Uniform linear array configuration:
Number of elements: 4
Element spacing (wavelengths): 0.75
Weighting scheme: blackman
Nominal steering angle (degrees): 60
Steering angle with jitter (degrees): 60.334
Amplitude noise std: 0.05
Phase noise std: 0.05

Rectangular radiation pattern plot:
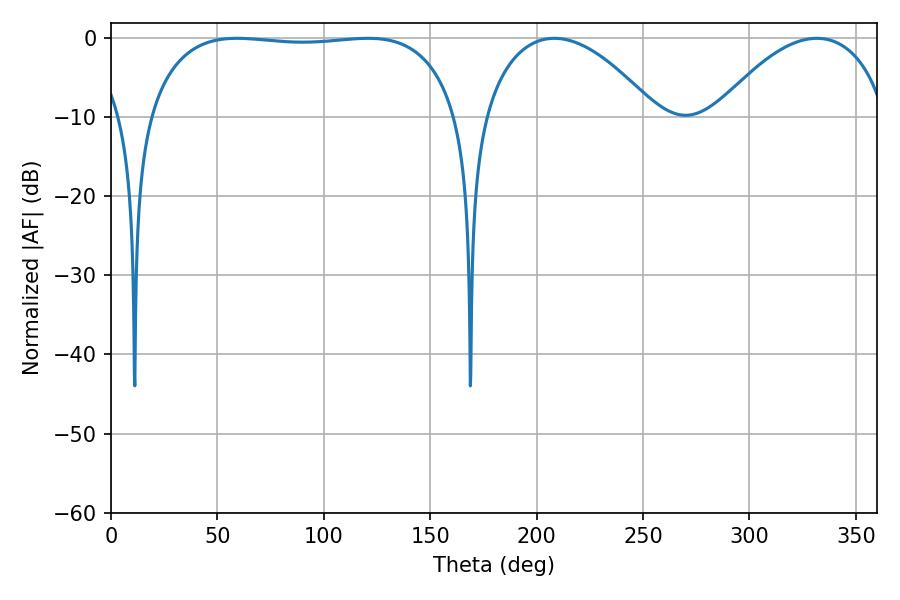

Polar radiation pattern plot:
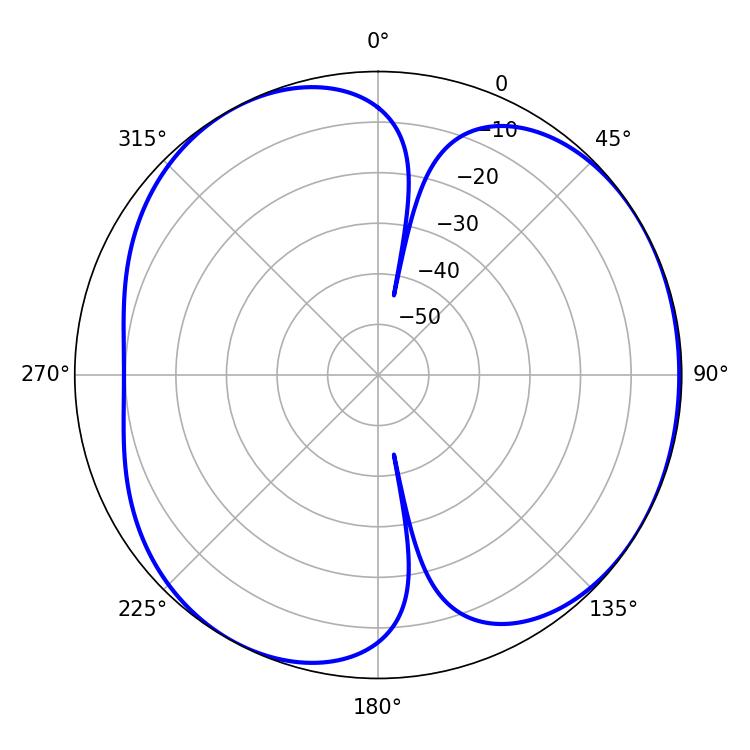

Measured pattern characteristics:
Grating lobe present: TRUE
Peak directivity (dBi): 4.579
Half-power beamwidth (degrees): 116.28
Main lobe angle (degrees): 120.78